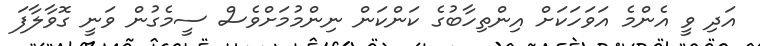
އަދި ވީ އެންމެ އަވަހަކަށް އިންތިހާބުގެ ކަންކަން ނިންމުމަށްވެސް ސީމެގުން ވަނީ ގޮވާލާފަ